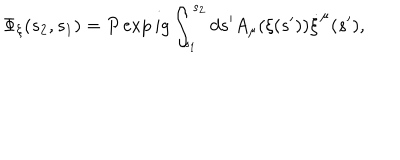
LaTeX: \Phi _ { \xi } ( s _ { 2 } , s _ { 1 } ) = P \exp i g \int _ { s _ { 1 } } ^ { s _ { 2 } } d s ^ { \prime } A _ { \mu } ( \xi ( s ^ { \prime } ) ) \dot { \xi } ^ { \mu } ( s ^ { \prime } ) ,